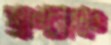
প্রাণচাঞ